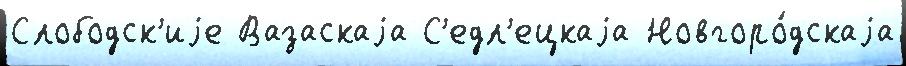
Слободск'иjе Вазаскаjа С'едл'ецкаjа Новгоро́дскаjа